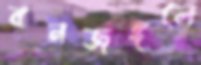
বনজঙ্গলে